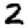
Digit: 2